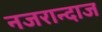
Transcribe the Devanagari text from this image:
नजरान्दाज